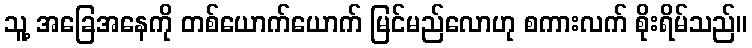
သူ့ အခြေအနေကို တစ်ယောက်ယောက် မြင်မည်လောဟု စကားလက် စိုးရိမ်သည်။